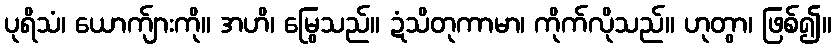
ပုရိသံ၊ ယောက်ျားကို။ အဟိ၊ မြွေသည်။ ဍံသိတုကာမာ၊ ကိုက်လိုသည်။ ဟုတွာ၊ ဖြစ်၍။